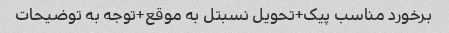
برخورد مناسب پیک+تحویل نسبتل به موقع+توجه به توضیحات